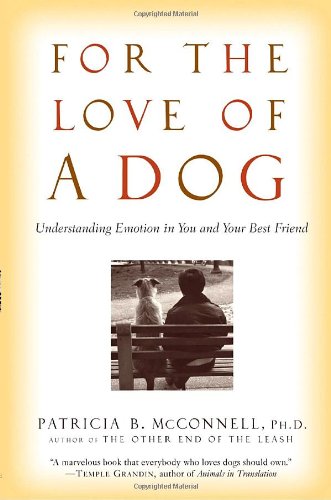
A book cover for For the Love of a Dog: Understanding Emotion in You and Your Best Friend; Patricia McConnell; Self-Help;